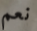
نعم